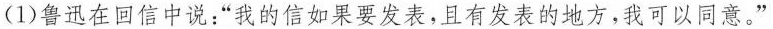
(1)鲁迅在回信中说：”我的信如果要发表，且有发表的地方，我可以同意。”